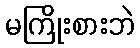
မကြိုးစားဘဲ